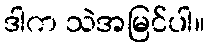
ဒါက သဲအမြင်ပါ။